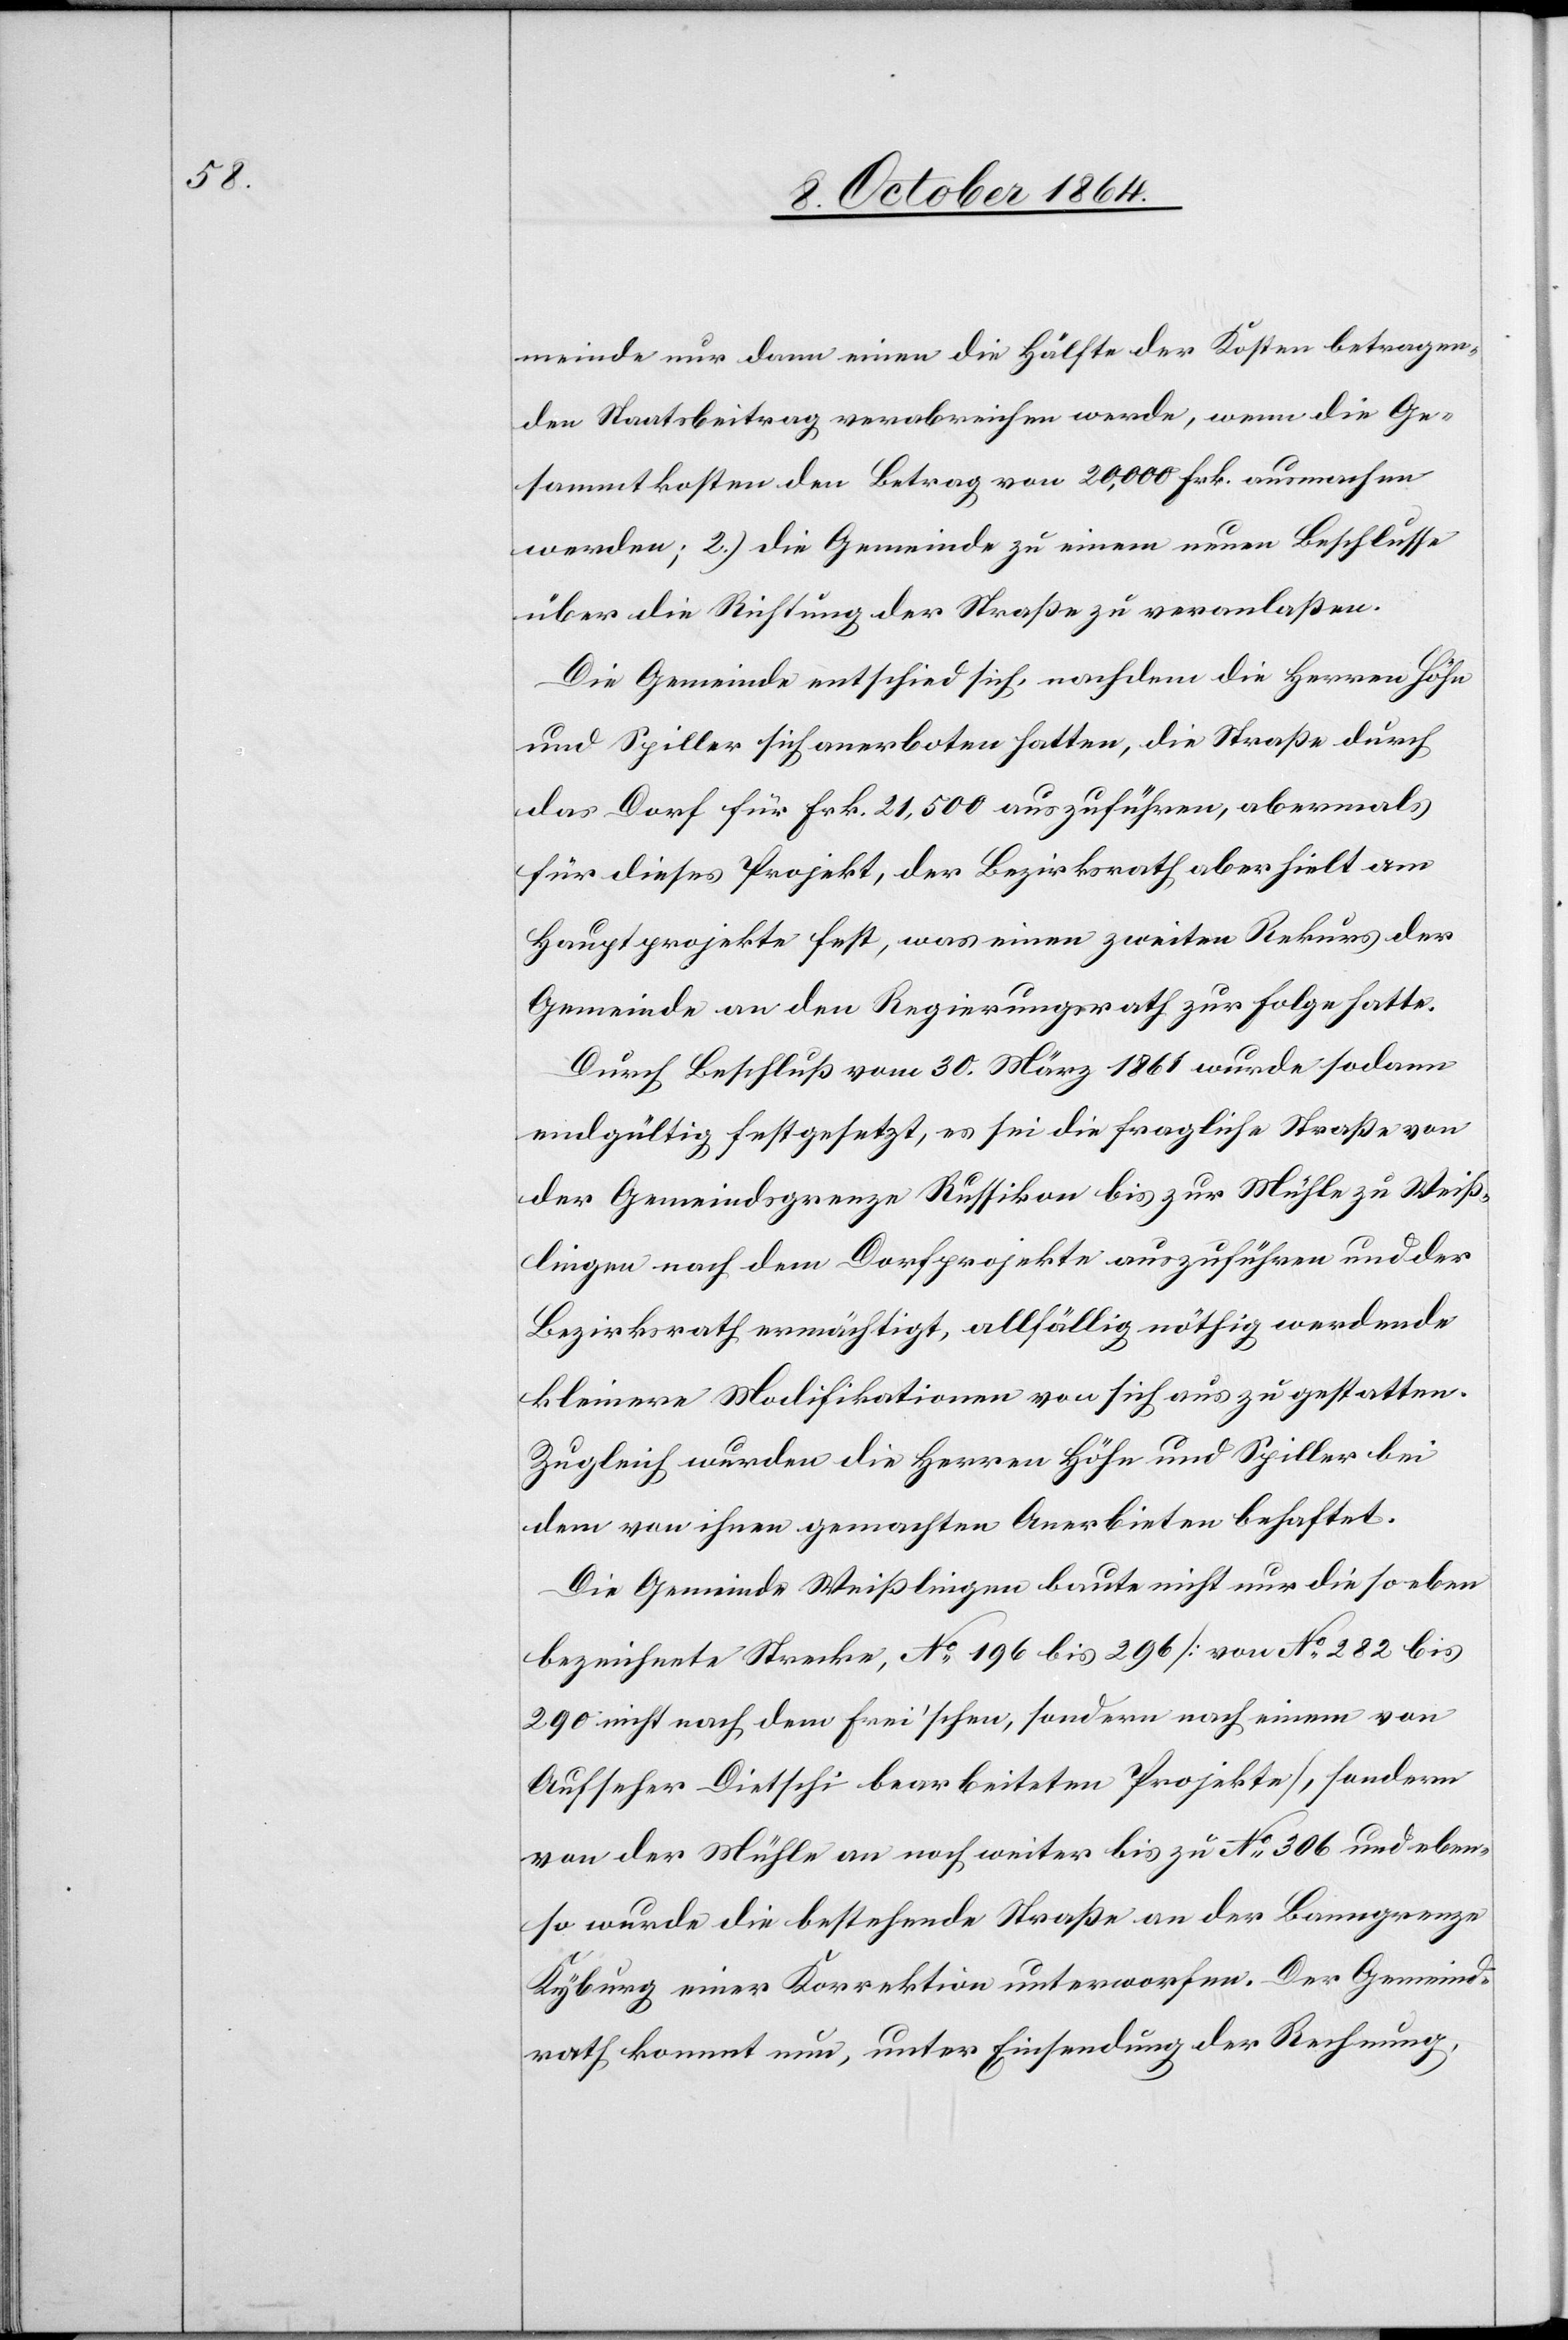
meinde nur dann einen die Hälfte der Kosten betragen¬
den Staatsbeitrag verabreichen werde, wenn die Ge¬
sammtkosten den Betrag von 20,000 Frk. ausmachen
die Gemeinde entschied sich, nachdem die Herren Höhn
und Spiller sich anerboten hatten, die Straße durch
das Dorf für Frk. 21,500 auszuführen, abermals
für dieses Projekt, der Bezirksrath aber hielt am
Hauptprojekte fest, was einen zweiten Rekurs der
Gemeinde an den Regierungsrath zur Folge hatte.
Durch Beschluß vom 30. März 1861 wurde sodann
endgültig festgesetzt, es sei die fragliche Straße von
der Gemeindsgrenze Russikon bis zur Mühle zu Weiß¬
lingen nach dem Dorfprojekte auszuführen und der
Bezirksrath ermächtigt, allfällig nöthig werdende
kleine Modifikationen von sich aus zu gestatten.
Zugleich wurden die Herren Höhn und Spiller bei
dem von ihnen gemachten Anerbieten behaftet.
Die Gemeinde Weißlingen baute nicht nur die soeben
bezeichnete Strecke, No 196 bis 296 [von No 282 bis
290 nicht nach dem Frei’schen, sondern nach einem von
Aufseher Dietschi bearbeiteten Projekte], sondern
von der Mühle an noch weiter bis zu No 306 und eben¬
so wurde die bestehende Straße an der Banngrenze
Kyburg einer Korrektion unterworfen. Der Gemeind¬
rath kommt nun, unter Einsendung der Rechnung,